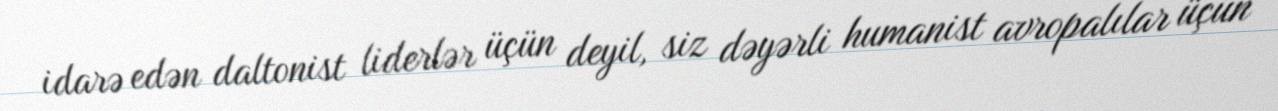
idarə edən daltonist liderlər üçün deyil, siz dəyərli humanist avropalılar üçün